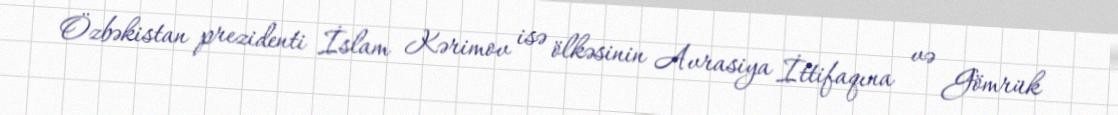
Özbəkistan prezidenti İslam Kərimov isə ölkəsinin Avrasiya İttifaqına və Gömrük